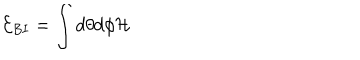
{ \cal E } _ { B I } = \int d \theta d \phi { \cal H }